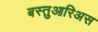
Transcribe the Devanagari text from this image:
बस्तुआरिअस